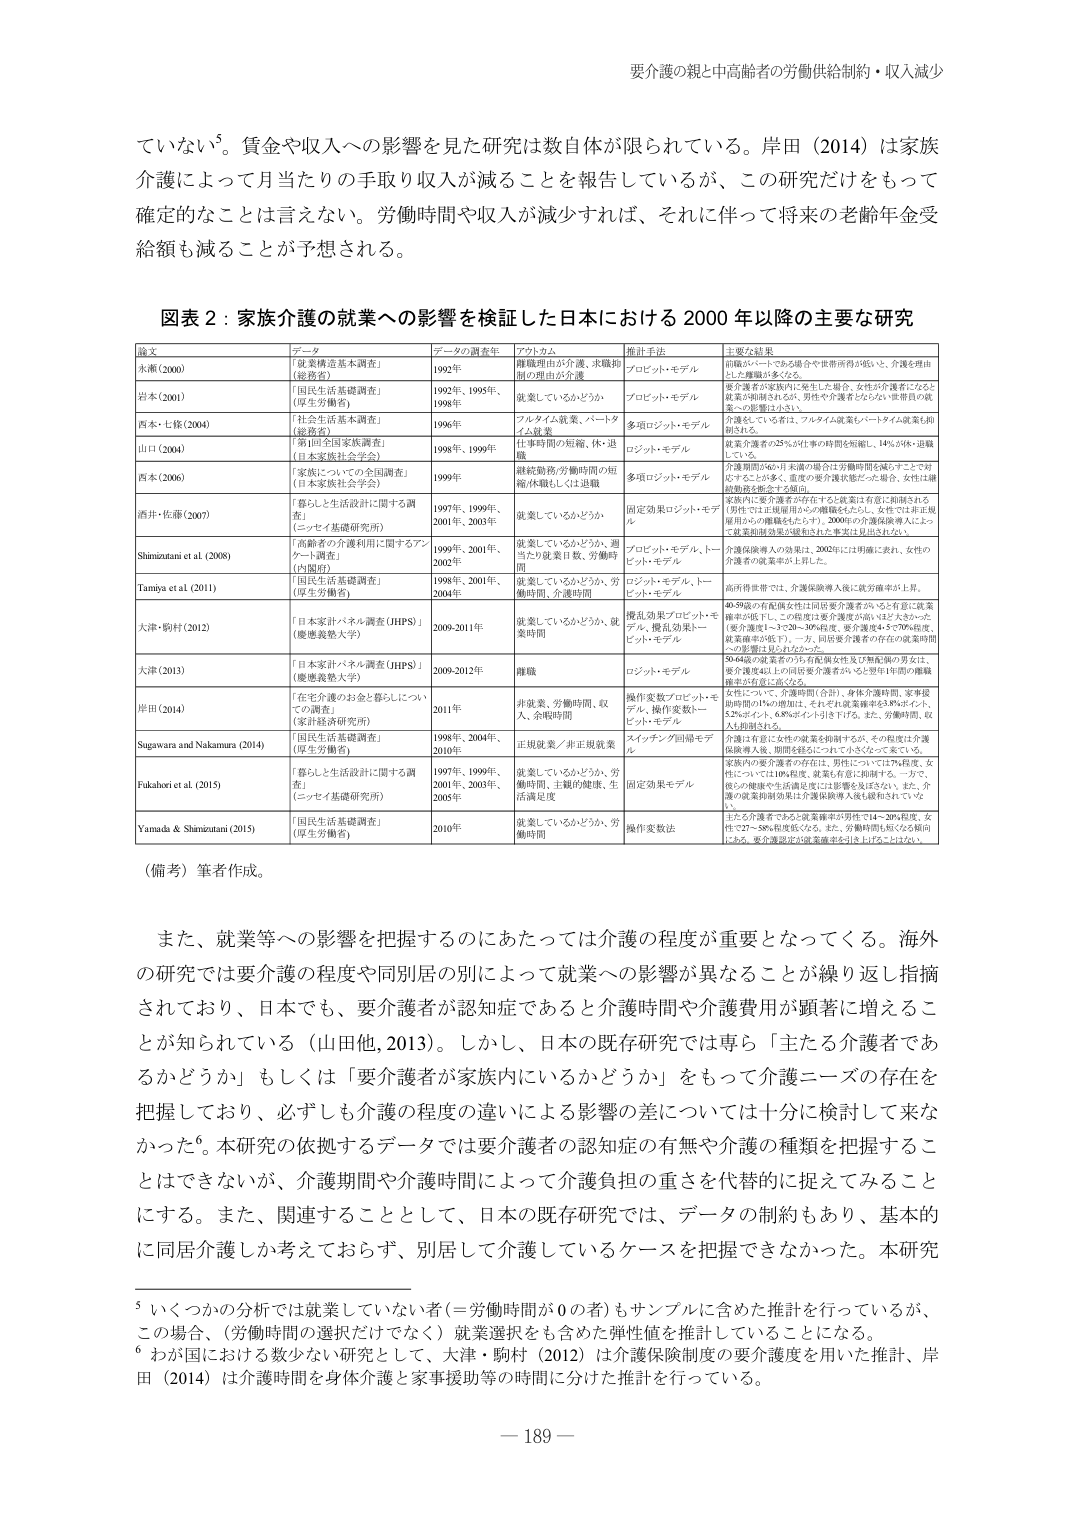
要介護の親と中高齢者の労働供給制約・収入減少

ていない⁵。賃金や収入への影響を見た研究は数自体が限られている。岸田（2014）は家族介護によって月当たりの手取り収入が減ることを報告しているが、この研究だけをもって確定的なことは言えない。労働時間や収入が減少すれば、それに伴って将来の老齢年金受給額も減ることが予想される。

図表２：家族介護の就業への影響を検証した日本における2000年以降の主要な研究

論文 データ データの調査年 アウトカム 推計手法 主な結果
永瀬（2000） 「就業構造基本調査」（総務省） 1992年 離職理由が介護、求職抑制の理由が介護 プロビットモデル 前職がパートである場合や世帯所得が低いと、介護を理由とした離職が多くなる。
岩本（2001） 「国民生活基礎調査」（厚生労働省） 1992年、1995年、1998年 就業しているかどうか プロビットモデル 要介護者が家族内に発生した場合、女性が介護者になると就業が制限されるが、男性や介護者とならない世帯員の就業への影響は小さい。
西本・七條（2004） 「社会生活基本調査」（総務省） 1996年 フルタイム就業、パートタイム就業 多項ロジットモデル 介護をしている者は、フルタイム就業もパートタイム就業も抑制される。
山口（2004） 「第1回全国家族調査」（日本家族社会学会） 1998年、1999年 仕事時間の短縮、休・退職 ロジット・モデル 就業介護者の25％が仕事の時間短縮に、14％が休・退職している。
西本（2006） 「家族についての全国調査」（日本家族社会学会） 1999年 継続勤務/労働時間の短縮/休職して（は）退職 多項ロジットモデル 介護期間の56％が、年間の場合は労働時間を減らすことで対応することが多く、重度の要介護状態だった場合、女性は継続勤務を断念する傾向。
酒井・佐藤（2007） 「暮らしと生活設計に関する調査」（ニッセイ基礎研究所） 1997年、1999年、2001年、2003年 就業しているかどうか 固定効果ロジット・モデル 家族内に要介護者が存在すると就業は有意に抑制される（男性では正規雇用からの離職も大きい。女性では非正規雇用からの離職も大きい）。2000年の介護保険導入によって非正規雇用労働の離職はわずかに抑制されている。
Shimizutani et al. (2008) 「高齢者の介護利用に関するアンケート調査」（内閣府） 1999年、2001年、2003年 就業しているかどうか、週当たり就業日数、労働時間 プロビット・モデル、トービット・モデル 介護保険導入の効果は、2002年には明確に表れ、女性の介護者の就業率が上昇した。
Tamiya et al. (2011) 「国民生活基礎調査」（厚生労働省） 1998年、2001年、2004年 就業しているかどうか、労働時間、介護時間 ロジット・モデル、トービット・モデル 高所得世帯では、介護保険導入後に就労確率が上昇。
大津・駒村（2012） 「日本家計パネル調査（JHPS）」（慶應義塾大学） 2008-2011年 就業しているかどうか、就業時間 擾乱効果プロビット・モデル、擾乱効果トービット・モデル 40-59歳の有配偶女性は同居要介護者2名・3名以上有る際に就業確率が低下し、この程度は要介護度が高いほど大きかった（要介護度1～3で20～30％程度、要介護度4～5で70％程度、就業確率が低下）。一方、同居要介護者の存在の就業時間への影響は見られなかった。
大津（2013） 「日本家計パネル調査（JHPS）」（慶應義塾大学） 2009-2012年 離職 ロジット・モデル 20-64歳の就業者うち有配偶女性及び無配偶の男女は、要介護度4以上の同居要介護者2名・3名以上有る際の離職確率が有意に高くなる。
岸田（2014） 「在宅介護のお金と暮らしについての調査」（経済経済研究所） 2011年 非就業、労働時間、収入、余暇時間 操作変数プロビット・モデル、操作変数トービット・モデル、スイッチング回帰モデル 女性について、介護時間（合計）、身体介護時間、家事援助時間の1％の増加は、それぞれ就業確率を3.8％ポイント、5.2％ポイント、6.8％ポイント引き下げた。また、労働時間、収入も抑制された。
Sugawara and Nakamura (2014) 「国民生活基礎調査」（厚生労働省） 1998年、2004年、2010年 正規就業／非正規就業 スイッチング回帰モデル 介護は有意に女性の就業を抑制するが、その程度は介護保険導入後、期間を経るにつれて小さくなって来ている。
Fukahori et al. (2015) 「暮らしと生活設計に関する調査」（ニッセイ基礎研究所） 1997年、1999年、2001年、2003年、2005年 就業しているかどうか、労働時間、主観的健康、生活満足度 固定効果モデル 家族内の要介護者の存在は、男性については7%程度、女性については10%程度、就業有否に抑制する。一方で、彼らの健康や生活満足度には影響を及ぼさない。また、介護の就業抑制効果は介護保険導入後も緩和されていない。
Yamada & Shimizutani (2015) 「国民生活基礎調査」（厚生労働省） 2010年 就業しているかどうか、労働時間 操作変数法 主たる介護者であると就業確率が男性では4～20%程度、女性では7～58%程度低くなる。また、労働時間も短くなる傾向にある。要介護認定が就業確率を引き上げるとはいない。

（備考）筆者作成。

また、就業等への影響を把握するのにあたっては介護の程度が重要となってくる。海外の研究では要介護の程度や同別居の別によって就業への影響が異なることが繰り返し指摘されており、日本でも、要介護者が認知症であると介護時間や介護費用が顕著に増えることが知られている（山田他, 2013）。しかし、日本の既存研究では専ら「主たる介護者であるかどうか」もしくは「要介護者が家族内にいるかどうか」をもって介護ニーズの存在を把握しており、必ずしも介護の程度の違いによる影響の差については十分に検討して来なかった⁶。本研究の依拠するデータでは要介護者の認知症の有無や介護の種類を把握することはできないが、介護期間や介護時間によって介護負担の重さを代替的に捉えてみることにする。また、関連することとして、日本の既存研究では、データの制約もあり、基本的に同居介護しか考えておらず、別居して介護しているケースを把握できなかった。本研究

⁵ いくつかの分析では就業していない者（＝労働時間が0の者）もサンプルに含めた推計を行っているが、この場合、（労働時間の選択だけでなく）就業選択も含めた弾性値を推計していることになる。
⁶ おが国における数少ない研究として、大津・駒村（2012）は介護保険制度の要介護度を用いた推計、岸田（2014）は介護時間を身体介護と家事援助等の時間に分けた推計を行っている。

— 189 —